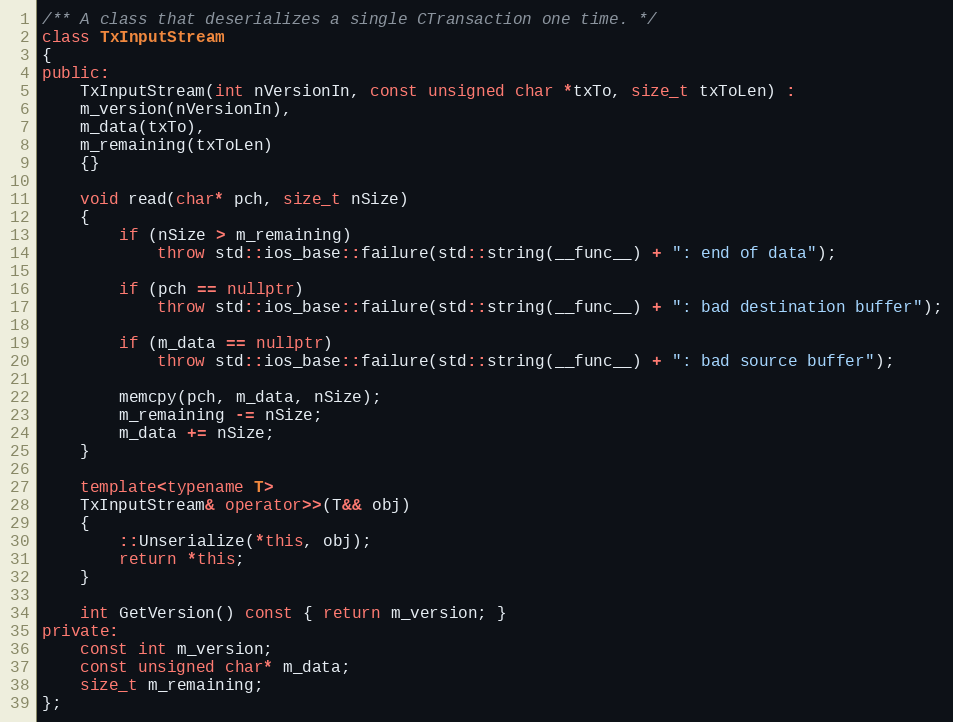
Language: C++
/** A class that deserializes a single CTransaction one time. */
class TxInputStream
{
public:
    TxInputStream(int nVersionIn, const unsigned char *txTo, size_t txToLen) :
    m_version(nVersionIn),
    m_data(txTo),
    m_remaining(txToLen)
    {}

    void read(char* pch, size_t nSize)
    {
        if (nSize > m_remaining)
            throw std::ios_base::failure(std::string(__func__) + ": end of data");

        if (pch == nullptr)
            throw std::ios_base::failure(std::string(__func__) + ": bad destination buffer");

        if (m_data == nullptr)
            throw std::ios_base::failure(std::string(__func__) + ": bad source buffer");

        memcpy(pch, m_data, nSize);
        m_remaining -= nSize;
        m_data += nSize;
    }

    template<typename T>
    TxInputStream& operator>>(T&& obj)
    {
        ::Unserialize(*this, obj);
        return *this;
    }

    int GetVersion() const { return m_version; }
private:
    const int m_version;
    const unsigned char* m_data;
    size_t m_remaining;
};